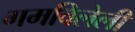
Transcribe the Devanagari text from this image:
गमविलेली